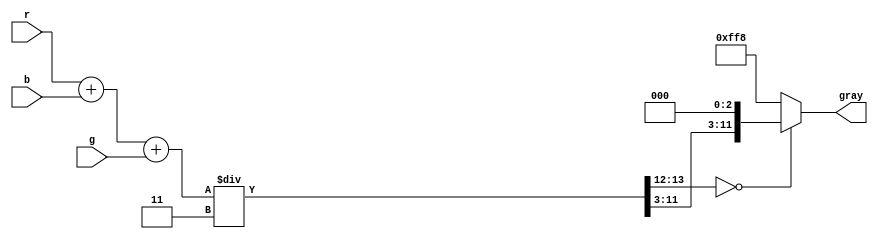
// This program was cloned from: https://github.com/alan4186/Hardware-CNN
// License: MIT License

module rgb2gray(
  input [11:0] r,
  input [11:0] g,
  input [11:0] b,
  output [11:0] gray
  );
  wire [13:0] sum0;
  wire [13:0] sum1;
  wire [13:0]gray_wire;
  
  assign sum0 = r+b;
  assign sum1 = sum0+g;
  assign gray_wire = sum1 / 14'd3;
  
  // 12 bit color channel
  //assign gray = (gray_wire[13:12] == 2'd0) ? gray_wire[11:0] : 12'hfff;
  // 9 bit color channel
  assign gray = (gray_wire[13:12] == 2'd0) ? { gray_wire[11:3],3'd0 } : 12'hff8;
  endmodule